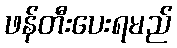
ဖန်တီးပေးရမည်